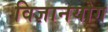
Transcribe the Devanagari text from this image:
विज्ञानयोग